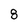
Character: 8